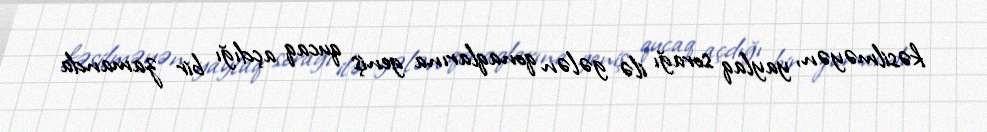
kəsilməyən, yaylaq sorağı ilə gələn qonaqlarına geniş qucaq açdığı bir zamanda